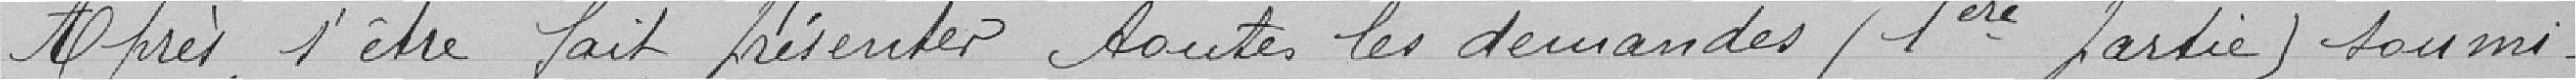
Après s'être fait présenter toutes les demandes (1ère partie) soumi-